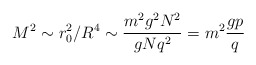
\begin{align*}M^2 \sim r_0^2/R^4 \sim \frac{m^2 g^2 N^2}{gNq^2 } = m^2\frac{gp}{q}\end{align*}